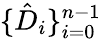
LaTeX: \{ \hat{D}_{i}\} _{i=0}^{n-1}